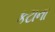
કટાના